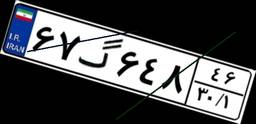
۶۷گ۶۴۸۴۶